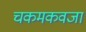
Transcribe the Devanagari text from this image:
चकमकवजा